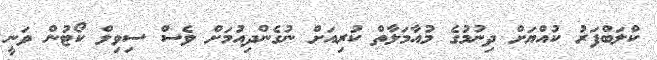
ކްލަބްފަރު ކުއްޔަށް ދިނުމުގެ މުއާމަލާތް ކުރިއަށް ނުގެންދިއުމަށް ވެސް ސިވިލް ކޯޓުން ވަނީ